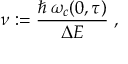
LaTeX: \nu : = \frac { \hbar \: \omega _ { c } ( 0 , \tau ) } { \Delta E } \; ,